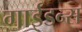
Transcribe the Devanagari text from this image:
गाईडन्स